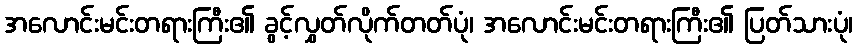
အလောင်းမင်းတရားကြီး၏ ခွင့်လွှတ်လိုက်တတ်ပုံ၊ အလောင်းမင်းတရားကြီး၏ ပြတ်သားပုံ၊